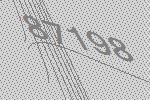
87198